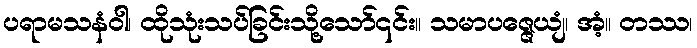
ပရာမသနံဝါ၊ ထိုသုံးသပ်ခြင်းသို့သော်၎င်း။ သမာပဇ္ဇေယျံ၊ အံ့။ တဿ၊